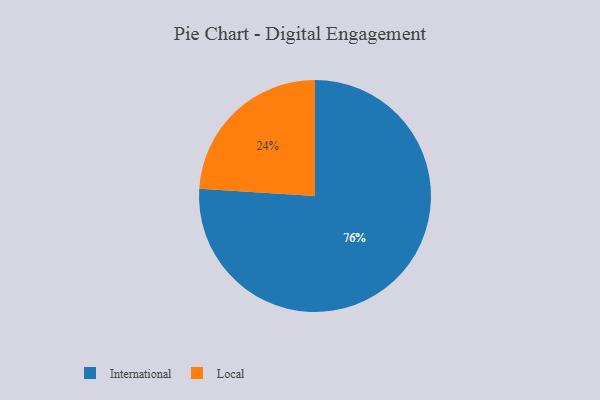
{"axis": {"x": "Category", "y": "Percentage"}, "legend": ["International", "Local"], "data": [{"x": "International", "y": 76, "type": "International"}, {"x": "Local", "y": 24, "type": "Local"}]}